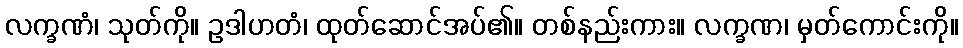
လက္ခဏံ၊ သုတ်ကို။ ဥဒါဟတံ၊ ထုတ်ဆောင်အပ်၏။ တစ်နည်းကား။ လက္ခဏ၊ မှတ်ကောင်းကို။